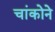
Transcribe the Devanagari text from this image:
चांकोने